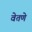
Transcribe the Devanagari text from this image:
वेतणे